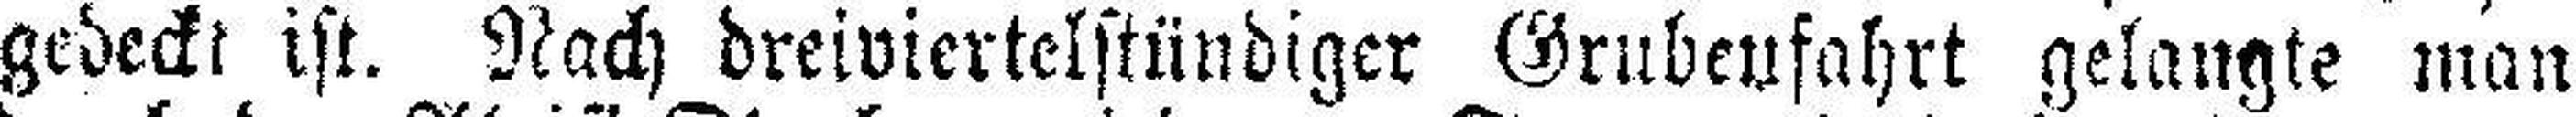
gedeckt ist. Nach dreiviertelstündiger Grubenfahrt gelangte man